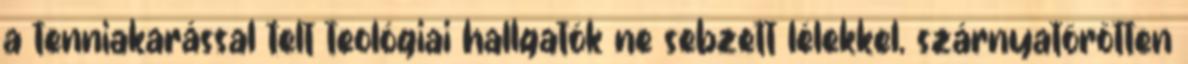
a tenniakarással telt teológiai hallgatók ne sebzett lélekkel, szárnyatörötten